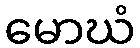
မောဃံ